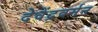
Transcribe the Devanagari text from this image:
देवेंद्रवर्मन